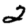
Digit: 2